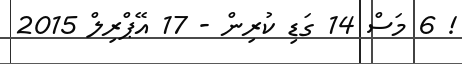
! 6 މަސް 14 ގަޑި ކުރިން - 17 އޭޕްރިލް 2015